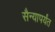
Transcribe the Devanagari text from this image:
सैन्यापर्यंत